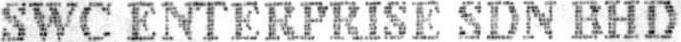
SWC ENTERPRISE SDN BHD